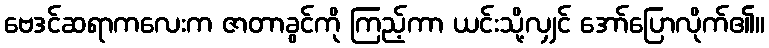
ဗေဒင်ဆရာကလေးက ဇာတာခွင်ကို ကြည့်ကာ ယင်းသို့လျှင် အော်ပြောလိုက်၏။